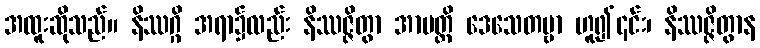
အထူးဆိုသည်။ နိဿဂ္ဂိ အရာ၌လည်း နိဿဇ္ဇိတွာ အာပတ္တိ ဒေသေတဗ္ဗာ ဟူ၍၎င်း၊ နိဿဇ္ဇိတွာန